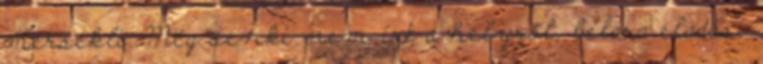
mérsékli. Még senki nem írt a helyről, belara eladási